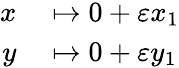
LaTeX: \begin{array}{rl}{x}&{{}\mapsto 0+\varepsilon x_{1}}\\ {y}&{{}\mapsto 0+\varepsilon y_{1}}\end{array}